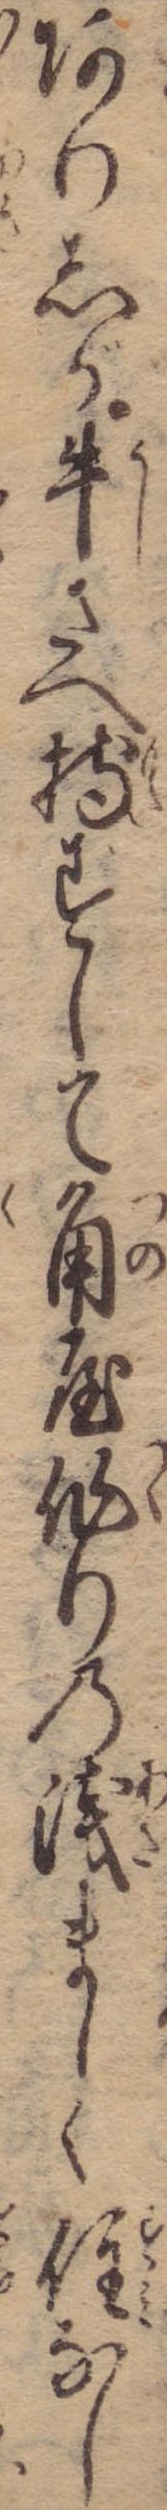
ありしが牛さへ持ずして角屋作りの浅ましく住なし